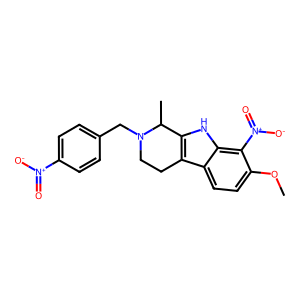
SMILES: COc1ccc2c3c([nH]c2c1[N+](=O)[O-])C(C)N(Cc1ccc([N+](=O)[O-])cc1)CC3
Inhibits HIV replication: No